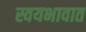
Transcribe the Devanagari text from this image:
स्वयभावात